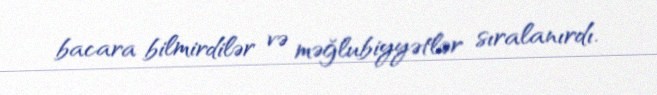
bacara bilmirdilər və məğlubiyyətlər sıralanırdı.